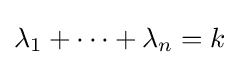
\lambda _{1}+\cdots +\lambda _{n}=k